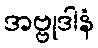
အဗ္ဗုဒါနံ